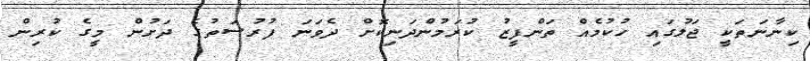
ކިނާނަތަކީ ޖަލުގައި ހުކުމެއް ތަންފީޒު ކުރަމުންދަނިކޮށް ދެވަނަ ފުރުސަތުގެ ދަށުން މީގެ ކުރިން